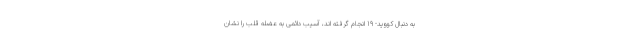
به دنبال کووید- 19 انجام گرفته اند، آسیب دائمی به عضله قلب را نشان